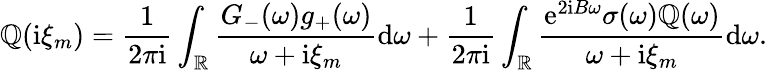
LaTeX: \mathbb{Q}(\mathrm{{i}}\xi_{m})=\frac{{1}}{{2\pi\mathrm{{i}}}}\int_{\mathbb{{R}}}\frac{{G_{-}(\omega)g_{+}(\omega)}}{{\omega+\mathrm{{i}}\xi_{m}}}\mathrm{{d}}\omega+\frac{{1}}{{2\pi\mathrm{{i}}}}\int_{\mathbb{{R}}}\frac{{\mathrm{{e}}^{2\mathrm{{i}}B\omega}\sigma(\omega)\mathbb{Q}(\omega)}}{{\omega+\mathrm{{i}}\xi_{m}}}\mathrm{{d}}\omega.